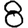
Digit: 8